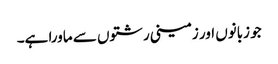
جو زبانوں اور زمینی رشتوں سے ماورا ہے۔